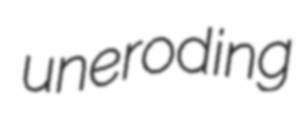
uneroding